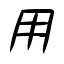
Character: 用